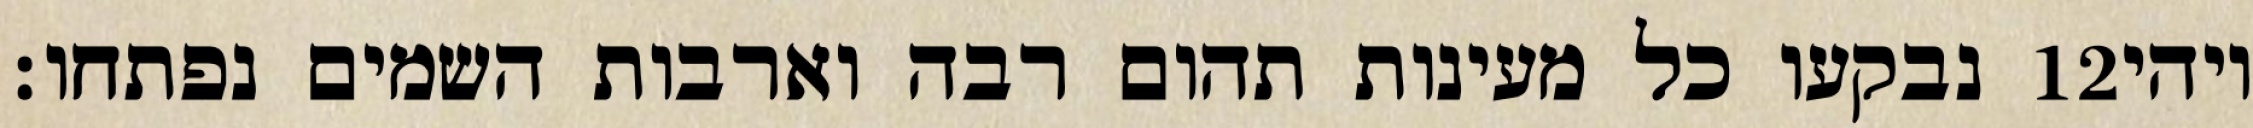
נבקעו כל מעינות תהום רבה וארבות השמים נפתחו׃ ‎12‏ ויהי